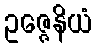
ဥဇ္ဇေနိယံ